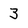
Character: 3